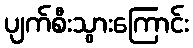
ပျက်စီးသွားကြောင်း